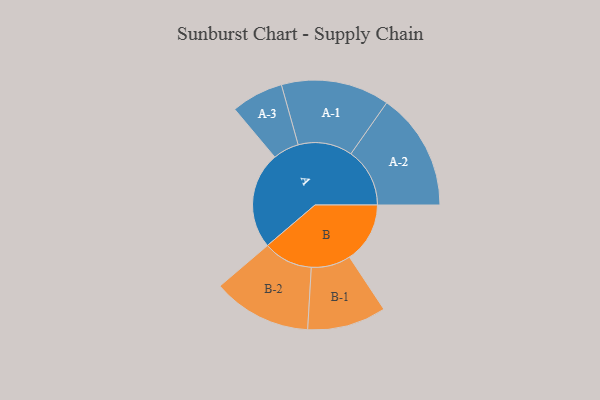
{"axis": {"x": "Segment", "y": "Value"}, "legend": ["", "A", "B"], "data": [{"x": "A", "y": 464, "type": ""}, {"x": "B", "y": 290, "type": ""}, {"x": "A-1", "y": 260, "type": "A"}, {"x": "A-2", "y": 282, "type": "A"}, {"x": "A-3", "y": 125, "type": "A"}, {"x": "B-1", "y": 189, "type": "B"}, {"x": "B-2", "y": 237, "type": "B"}]}